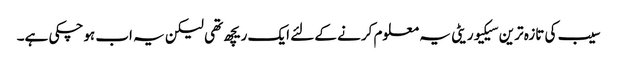
سیب کی تازہ ترین سیکیوریٹی یہ معلوم کرنے کے لئے ایک ریچھ تھی لیکن یہ اب ہوچکی ہے۔